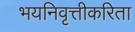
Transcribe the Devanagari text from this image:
भयनिवृत्तीकरिता